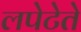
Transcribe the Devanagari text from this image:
लपेटेते